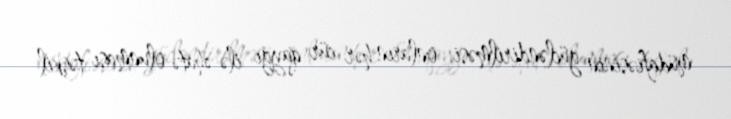
müdafiəsinin gücləndirilməsi, onların hər cür qayğı ilə əhatə olunması təşkil